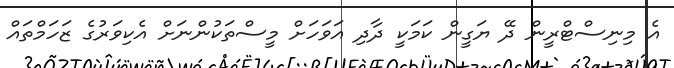
އެ މިނިސްޓްރީން ދޭ ޔަގީން ކަމަކީ ދާދި އަވަހަށް މީސްތަކުންނަށް އެކިވަރުގެ ޒަހަމްތައް